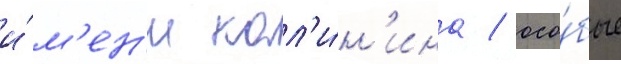
и́м'ен'и кал'и́н'ина / осо́бые